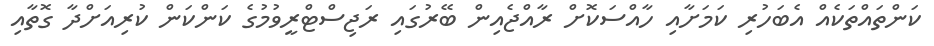
ކަންތައްތަކެއް އެބަހުރި ކަމަށާއި ހާއްސަކޮށް ރާއްޖެއިން ބޭރުގައި ރަޖިސްޓްރީވުމުގެ ކަންކަން ކުރިއަށްދާ ގޮތާއި